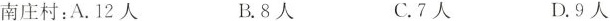
南庄村：A.12人 B.8人 C.7人 D.9人